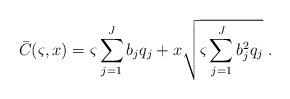
LaTeX: \begin{align*}{\bar{C}(\varsigma,x)} = \varsigma \sum\limits_{j = 1}^J {{b_j}{q_j} + x\sqrt {\varsigma \sum\limits_{j = 1}^J {b_j^2{q_j}} } }\ .\end{align*}